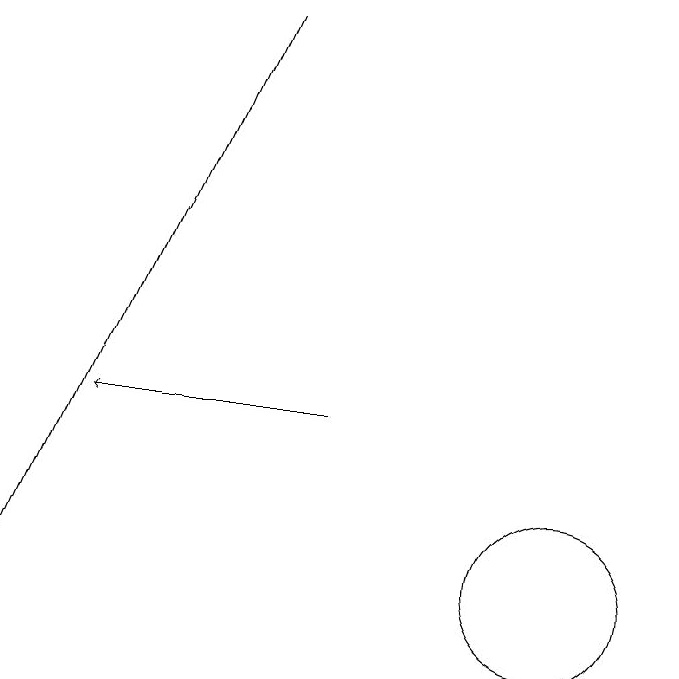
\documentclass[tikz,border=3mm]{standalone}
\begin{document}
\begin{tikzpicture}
\draw[->] (6,17) -- (3,10);
\draw (10,10) circle (1);
\draw[->] (7,12) -- (4,12);
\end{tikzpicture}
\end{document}